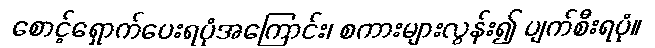
စောင့်ရှောက်ပေးရပုံအကြောင်း၊ စကားများလွန်း၍ ပျက်စီးရပုံ။